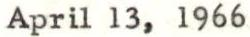
April 13, 1966